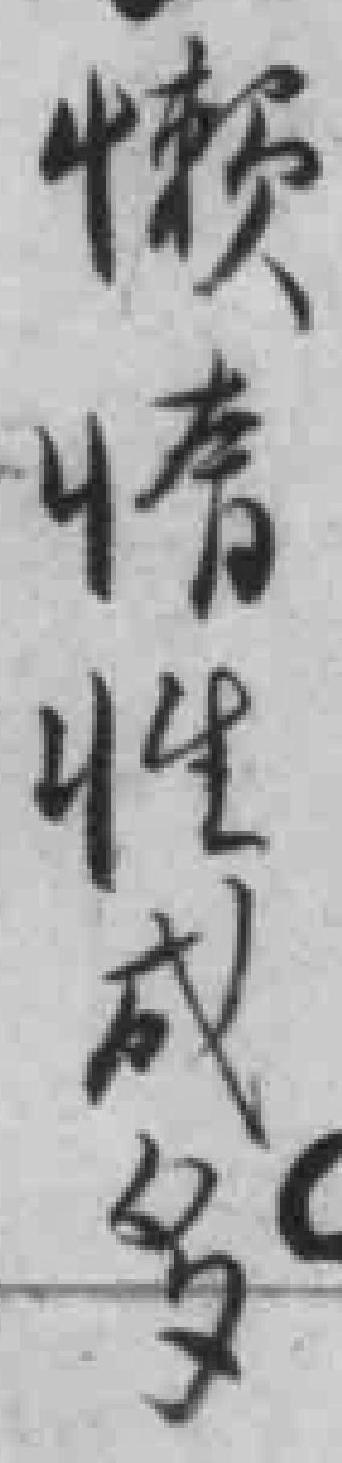
懒情性成多